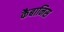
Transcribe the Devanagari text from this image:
कैबानिस